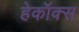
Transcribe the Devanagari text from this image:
हेकॉक्स